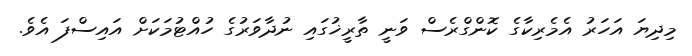
މިދިޔަ އަހަރު އެމެރިކާގެ ކޮންގްރެސް ވަނީ ތާރީޚުގައި ނުދާވަރުގެ ހުއްޓުމަކަށް އައިސްފަ އެވެ.